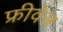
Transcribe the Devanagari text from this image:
फ्रीवेस